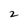
Character: 2